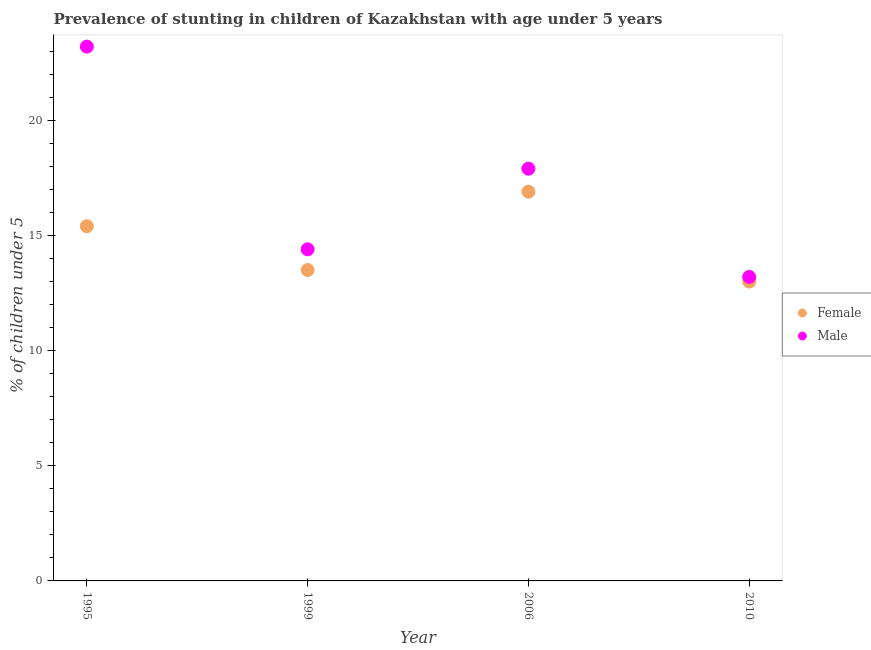
| Year | Female | Male |
 | --- | --- | --- |
 | 1995 | 15.4 | 23.2 |
 | 1999 | 13.5 | 14.4 |
 | 2006 | 16.9 | 17.9 |
 | 2010 | 13 | 13.2 |